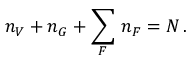
n _ { V } + n _ { G } + \sum _ { F } \, n _ { F } = N \, .